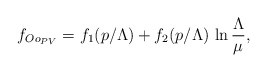
\begin{align*}f_{Oo_{PV}} = f_1(p/\Lambda) + f_2(p/\Lambda)\,\ln\frac{\Lambda}{\mu},\end{align*}